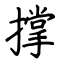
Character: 撑